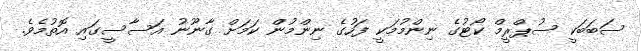
ސަބަބަކީ ސުޕްރީމް ކޯޓުގެ ނިންމުމަކީ ފަހުގެ ނިންމުން ކަމަށް ގާނޫނު އަސާސީގައި އޮތުމެވެ.